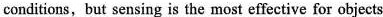
conditions, but sensing is the most effective for objects